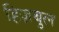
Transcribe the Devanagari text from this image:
हिज़बुल